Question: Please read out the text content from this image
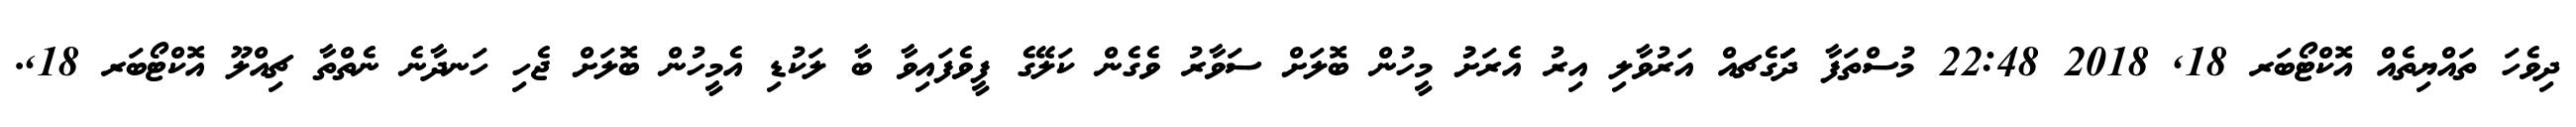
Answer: ދިވެހަ ތައްޔިތެއް އޮކްޓޯބަރ 18, 2018 22:48 މުސްތަފާ ދަަަަަަަގެޗއް އަރުވާލި އިރު އެރަށުު މީހުން ބޮލަށް ސަވާރު ވެގެން ކަލޭގެ ފީވެފައިވާ ބާ ލަކުޑި އެމީހުން ބޮލަށް ޖެހި ހަނދާނެ ނެތްތާ ޗިއްލޫ އޮކްޓޯބަރ 18,.